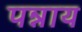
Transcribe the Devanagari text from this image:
पन्नाय